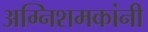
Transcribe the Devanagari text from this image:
अग्निशमकांनी